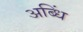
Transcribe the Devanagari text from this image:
अब्धिं